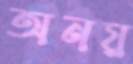
অনয়